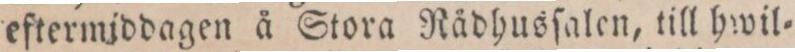
eftermiddagen å Stora Rådhusſalen, till hwil=